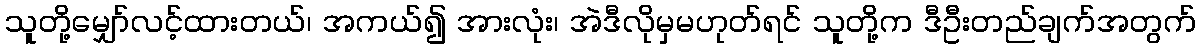
သူတို့မျှော်လင့်ထားတယ်၊ အကယ်၍ အားလုံး၊ အဲဒီလိုမှမဟုတ်ရင် သူတို့က ဒီဦးတည်ချက်အတွက်